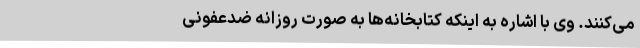
می‌کنند. وی با اشاره به اینکه کتابخانه‌ها به‌ صورت روزانه ضدعفونی